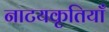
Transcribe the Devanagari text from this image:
नाटयकृतियाँ